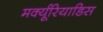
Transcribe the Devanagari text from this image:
मर्क्यूरियाडिस